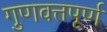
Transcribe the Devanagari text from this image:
गुणवत्तपूर्ण